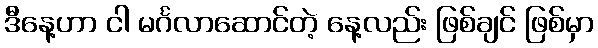
ဒီနေ့ဟာ ငါ မင်္ဂလာဆောင်တဲ့ နေ့လည်း ဖြစ်ချင် ဖြစ်မှာ